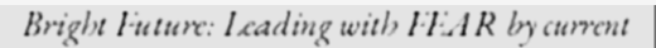
Bright Future: Leading with FEAR by current